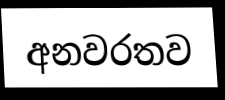
අනවරතව